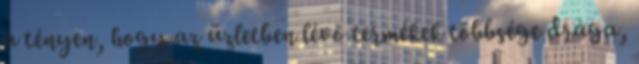
a tényen, hogy az üzletben lévő termékek többsége drága,